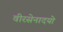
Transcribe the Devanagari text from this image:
वीरसेनादयो